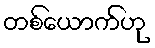
တစ်ယောက်ဟု